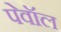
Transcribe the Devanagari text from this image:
पेवॉल